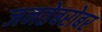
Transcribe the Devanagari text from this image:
जनतेबरोबर